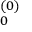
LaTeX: _ { 0 } ^ { ( 0 ) }